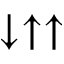
\downarrow \uparrow \uparrow